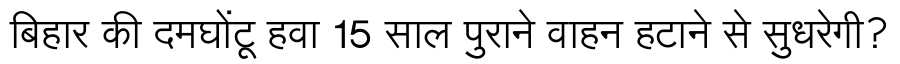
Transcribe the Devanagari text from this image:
बिहार की दमघोंटू हवा 15 साल पुराने वाहन हटाने से सुधरेगी?